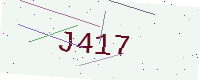
Text: J417